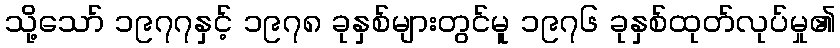
သို့သော် ၁၉၇၇နှင့် ၁၉၇၈ ခုနှစ်များတွင်မူ ၁၉၇၆ ခုနှစ်ထုတ်လုပ်မှု၏